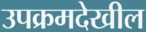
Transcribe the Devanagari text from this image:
उपक्रमदेखील